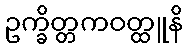
ဥက္ခိတ္တကဝတ္ထူနိ